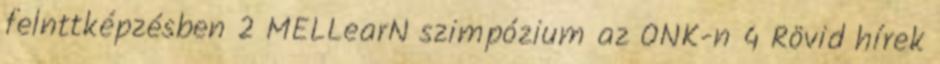
felnttképzésben 2 MELLearN szimpózium az ONK-n 4 Rövid hírek